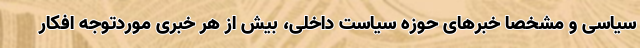
سیاسی و مشخصا خبرهای حوزه سیاست داخلی، بیش از هر خبری موردتوجه افکار